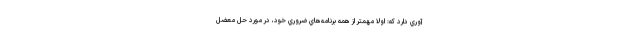
آوري دارد كه: اولا مهمتر از همه برنامه‌هاي ضروري خود، در مورد حل معضل